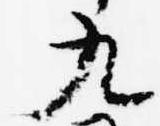
九